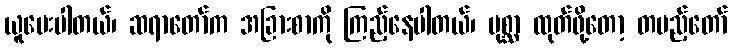
ယူပေးပါတယ်၊ ဆရာတော်က အခြားစာကို ကြည့်နေပါတယ်၊ ပုစ္ဆာ ထုတ်ဖို့တော့ တပည့်တော်